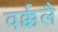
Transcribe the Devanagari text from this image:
वर्क्कलै